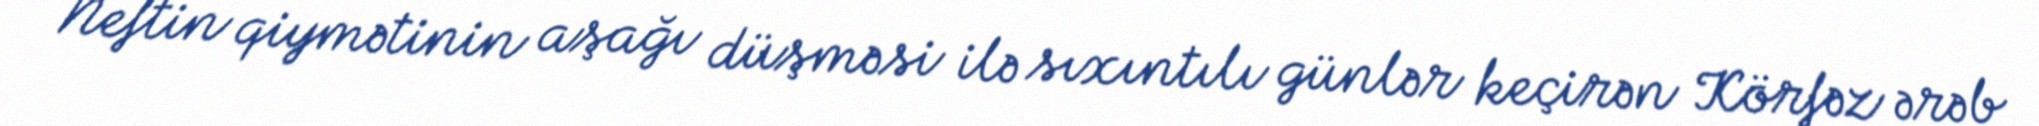
Neftin qiymətinin aşağı düşməsi ilə sıxıntılı günlər keçirən Körfəz ərəb